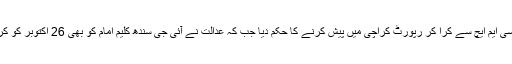
چیف جسٹس پاکستان نے بیمار افراد کا میڈیکل سی ایم ایچ سے کرا کر رپورٹ کراچی میں پیش کرنے کا حکم دیا جب کہ عدالت نے آئی جی سندھ کلیم امام کو بھی 26 اکتوبر کو کراچی میں سماعت پر پیش ہونے کا حکم دیا ہے۔